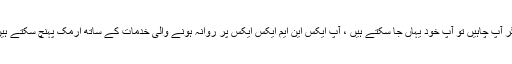
اگر آپ چاہیں تو آپ خود یہاں جا سکتے ہیں ، آپ ایکس این ایم ایکس ایکس پر روانہ ہونے والی خدمات کے ساتھ ارمک پہنچ سکتے ہیں۔